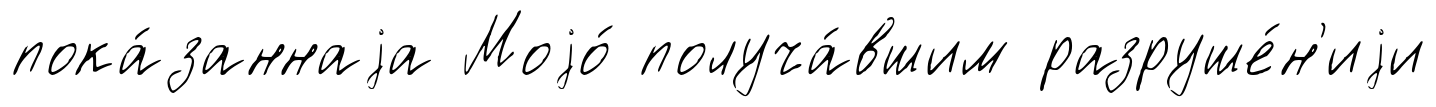
пока́заннаjа Моjо́ получа́вшим разруше́н'иjи